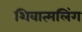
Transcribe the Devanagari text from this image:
शिवात्मलिंग